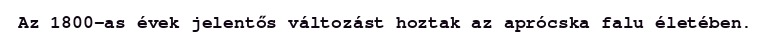
Az 1800-as évek jelentős változást hoztak az aprócska falu életében.